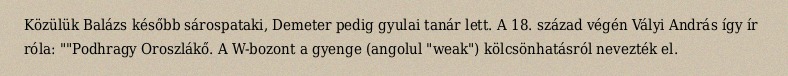
Közülük Balázs később sárospataki, Demeter pedig gyulai tanár lett. A 18. század végén Vályi András így ír róla: ""Podhragy Oroszlákő. A W-bozont a gyenge (angolul "weak") kölcsönhatásról nevezték el.